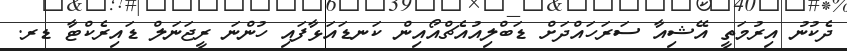
ދެކުނު އިރުމަތީ އޭޝިއާ ސަރަހަައްދަށް ޑަބްލިއުއެޗްއޯއިން ކަނޑައަޅާފައި ހުންނަ ރީޖަނަލް ޑައިރެކްޓާ ޑރ.